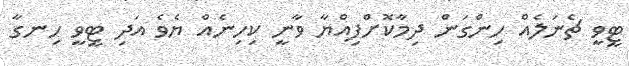
ޓީވީ ޗެނަލެއް ހިންގަން ދިމާކޮށްފިއްޔާ ވާނީ ކިހިނެއް ޔެވެ އަދި ޓީވީ ހިނގާ